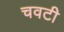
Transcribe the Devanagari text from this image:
चवटी